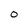
Character: O